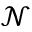
\mathcal N